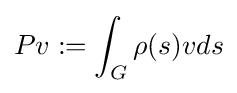
Pv:=\int _{G}\rho (s)vds